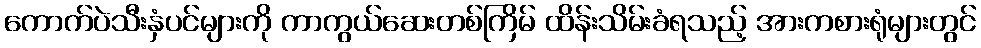
ကောက်ပဲသီးနှံပင်များကို ကာကွယ်ဆေးတစ်ကြိမ် ထိန်းသိမ်းခံရသည့် အားကစားရုံများတွင်